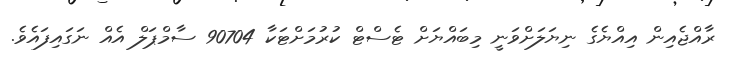
ރާއްޖެއިން އިއްޔެގެ ނިޔަލަށްވަނީ މިބައްޔަށް ޓެސްޓް ކުރުމަށްޓަކާ 90704 ސާމްޕަލް އެއް ނަގައިފައެވެ.